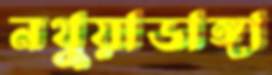
নথুয়াডাঙ্গা